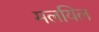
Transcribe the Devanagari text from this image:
मलयिल